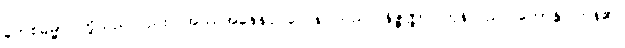
တေစဓမ္မာ၊ တို့သည်လည်း။ အဿအနေနပုဂ္ဂလေန၊ သည်။ နိဇ္ဇိဏ္ဏာ၊ ကုန်သည်။ ဟောန္တိ၊ ကုန်၏။